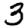
Digit: 3